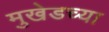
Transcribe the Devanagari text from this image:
मुखेडच्या